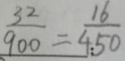
\frac { 3 2 } { 9 0 0 } = \frac { 1 6 } { 4 5 0 }